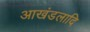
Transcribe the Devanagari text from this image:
आखंडलादि